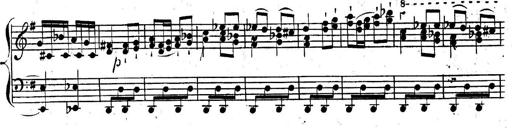
Title: Nouvelle Sonatine facile et agrÃ©able
Composer: Ignaz Moscheles
Key: G major